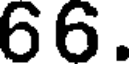
66.